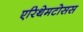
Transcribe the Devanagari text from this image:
एरिथेमटोसस